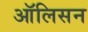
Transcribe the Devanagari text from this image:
ऑलिसन